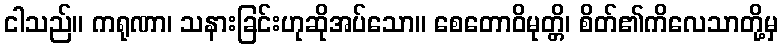
ငါသည်။ ကရုဏာ၊ သနားခြင်းဟုဆိုအပ်သော။ စေတောဝိမုတ္တိ၊ စိတ်၏ကိလေသာတို့မှ